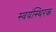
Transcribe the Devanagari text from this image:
स्वयंस्थिरक